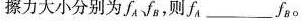
擦力大小分别为\int A\int B，则\int A_________\int B。